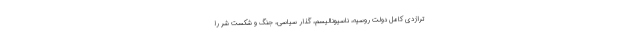
تراژدی کامل دولت روسیه، ناسیونالیسم، گذار سیاسی، جنگ و شکست شر را